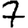
Digit: 7